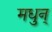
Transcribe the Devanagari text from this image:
मधुन्